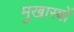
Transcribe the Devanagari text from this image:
मुखास्त्रों